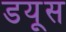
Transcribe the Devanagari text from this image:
डयूस